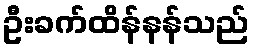
ဦးခက်ထိန်နန်သည်